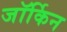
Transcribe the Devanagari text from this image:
जॉर्किन